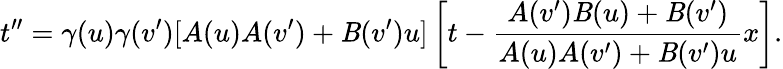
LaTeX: t^{\prime\prime}=\gamma(u)\gamma(v^{\prime})[A(u)A(v^{\prime})+\mathit{B}(v^{\prime})u]\left[t-\frac{{A(v^{\prime})\mathit{B}(u)+\mathit{B}(v^{\prime})}}{{A(u)A(v^{\prime})+\mathit{B}(v^{\prime})u}}x\right].